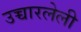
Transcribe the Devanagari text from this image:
उच्चारलेली